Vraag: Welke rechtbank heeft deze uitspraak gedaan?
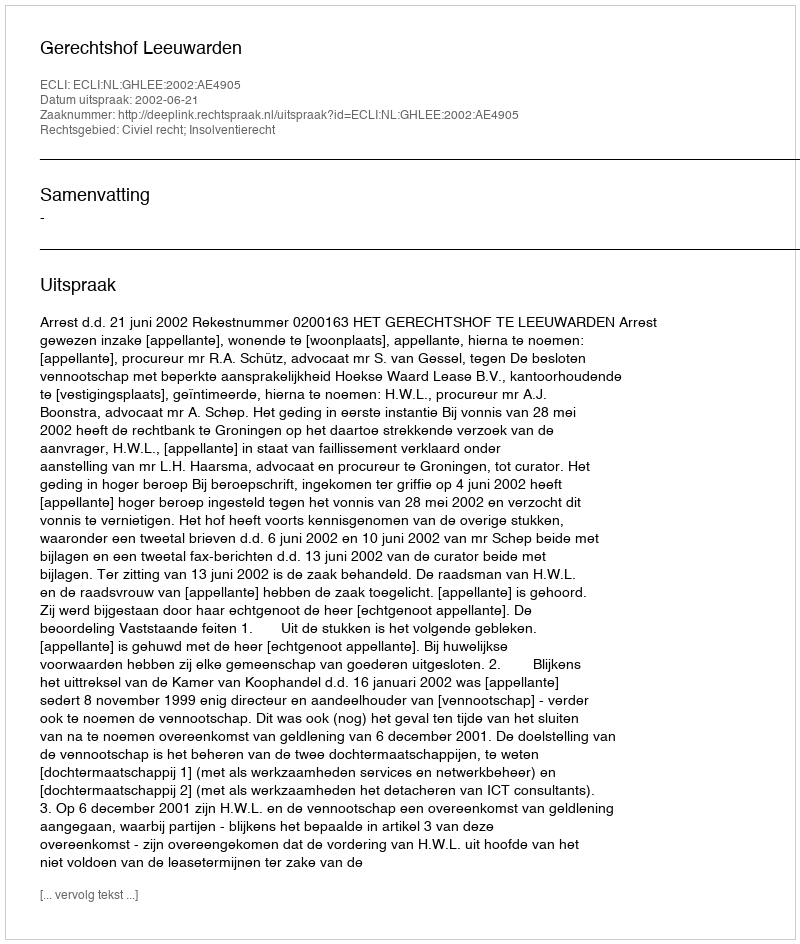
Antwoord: Gerechtshof Leeuwarden